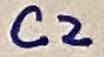
Text: C2